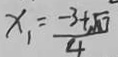
x _ { 1 } = \frac { - 3 + \sqrt { 1 7 } } { 4 }